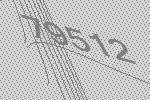
79512